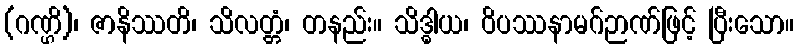
(ဂဏ္ဌိ)၊ ဇာနိဿတိ၊ သိလတ္တံ၊ တနည်း။ သိဒ္ဓါယ၊ ဝိပဿနာမဂ်ဉာဏ်ဖြင့် ပြီးသော။